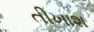
તીખાશ